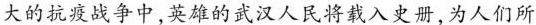
大的抗疫战争中，英雄的武汉人民将载入史册，为人们所